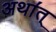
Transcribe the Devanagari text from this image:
अथा॔त्